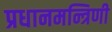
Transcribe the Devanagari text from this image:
प्रधानमन्त्रिणी